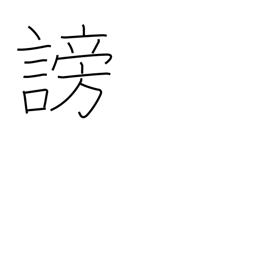
Meaning: disparage